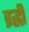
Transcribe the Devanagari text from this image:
व्रद्धी